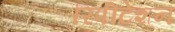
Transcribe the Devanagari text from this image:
रिपीटेशन